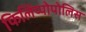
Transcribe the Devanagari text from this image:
फिलिप्पोपोलिस